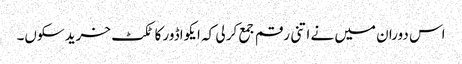
اس دوران میں نے اتنی رقم جمع کر لی کہ ایکواڈور کا ٹکٹ خرید سکوں۔